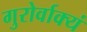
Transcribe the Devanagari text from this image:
गुरोर्वाक्यं